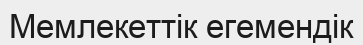
Мемлекеттік егемендік